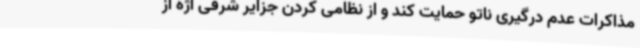
مذاکرات عدم درگیری ناتو حمایت کند و از نظامی کردن جزایر شرقی اژه از